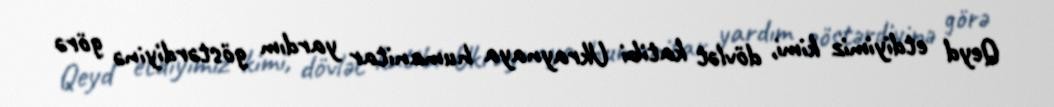
Qeyd etdiyimiz kimi, dövlət katibi Ukraynaya humanitar yardım göstərdiyinə görə